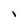
Character: l